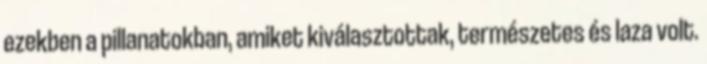
ezekben a pillanatokban, amiket kiválasztottak, természetes és laza volt.